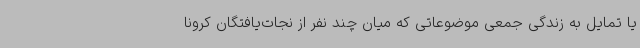
یا تمایل به زندگی جمعی موضوعاتی که میان چند نفر از نجات‌یافتگان کرونا